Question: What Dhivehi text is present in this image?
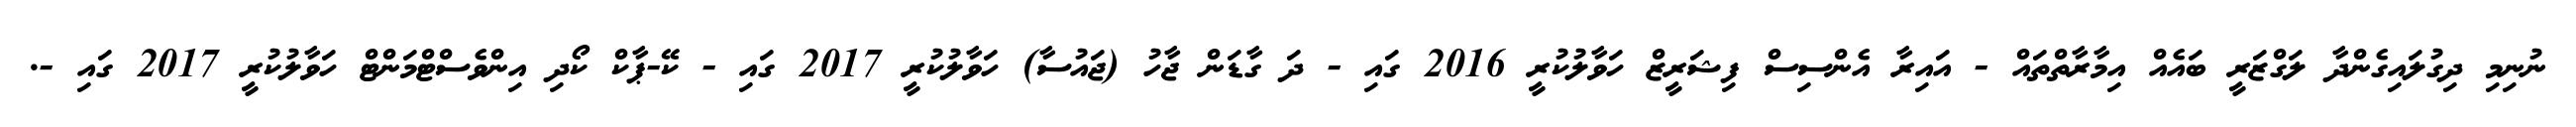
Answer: ނުނިމި ދިގުލައިގެންދާ ލަގްޒަރީ ބައެއް އިމާރާތްތައް - އައިރާ އެންސިސް ފިޝަރީޒް ހަވާލުކުރީ 2016 ގައި - ދަ ގާޑަން ޖާހު (ޖައުސާ) ހަވާލުކުރީ 2017 ގައި - ކޭ-ޕާކް ކޯދި އިންވެސްޓްމަންޓް ހަވާލުކުރީ 2017 ގައި -.